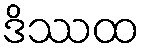
ဒိဿထ